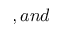
, a n d